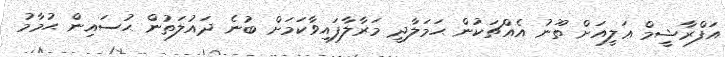
އަފްރާޝީމް ޢަލީއަށް ތޫނު އެއްޗަކުން ޙަމަލާދީ މަރާލާފައިވާކަމަށް ބުނެ ދައުލަތުން ޙުސައިން ޙުމާމު